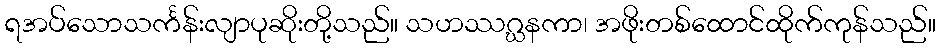
ရအပ်သောသင်္ကန်းလျာပုဆိုးတို့သည်။ သဟဿဂ္ဃနကာ၊ အဖိုးတစ်ထောင်ထိုက်ကုန်သည်။